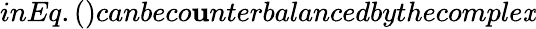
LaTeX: inEq.()canbeco\mathbf{u}nterbalancedbythecomple\mathit{x}